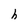
Character: h